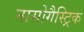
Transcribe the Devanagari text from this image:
नासोगैस्ट्रिक